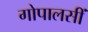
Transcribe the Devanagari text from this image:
गोपालसीं